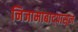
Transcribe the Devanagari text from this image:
निजामाबाद्पासून